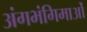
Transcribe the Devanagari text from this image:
अंगभंगिमाओं